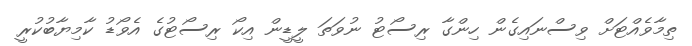
ތިމާވެއްޓަށް ވިސްނައިގެން ހިންގާ ރިސޯޓު ނުވަތަ ލީޑީން އިކޯ ރިސޯޓުގެ އެވޯޑު ކާމިޔާބުކުރީ